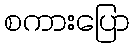
စကားပြော